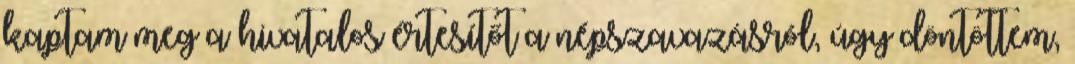
kaptam meg a hivatalos értesítőt a népszavazásról, úgy döntöttem,